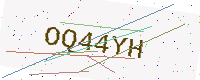
Text: OQ44YH